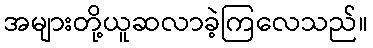
အများတို့ယူဆလာခဲ့ကြလေသည်။